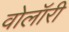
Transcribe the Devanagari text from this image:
वोलॉरी